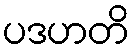
ပဒဟတိ